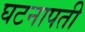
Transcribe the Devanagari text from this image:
घटनापती